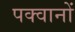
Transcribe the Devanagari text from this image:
पक्वानों